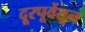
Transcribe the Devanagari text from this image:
दूरपूर्वेतून